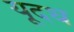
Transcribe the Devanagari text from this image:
यूदध